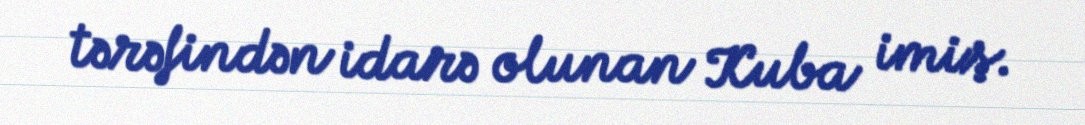
tərəfindən idarə olunan Kuba imiş.